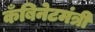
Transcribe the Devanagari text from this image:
कँबिनेटमंत्री